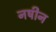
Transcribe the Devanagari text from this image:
नषीन